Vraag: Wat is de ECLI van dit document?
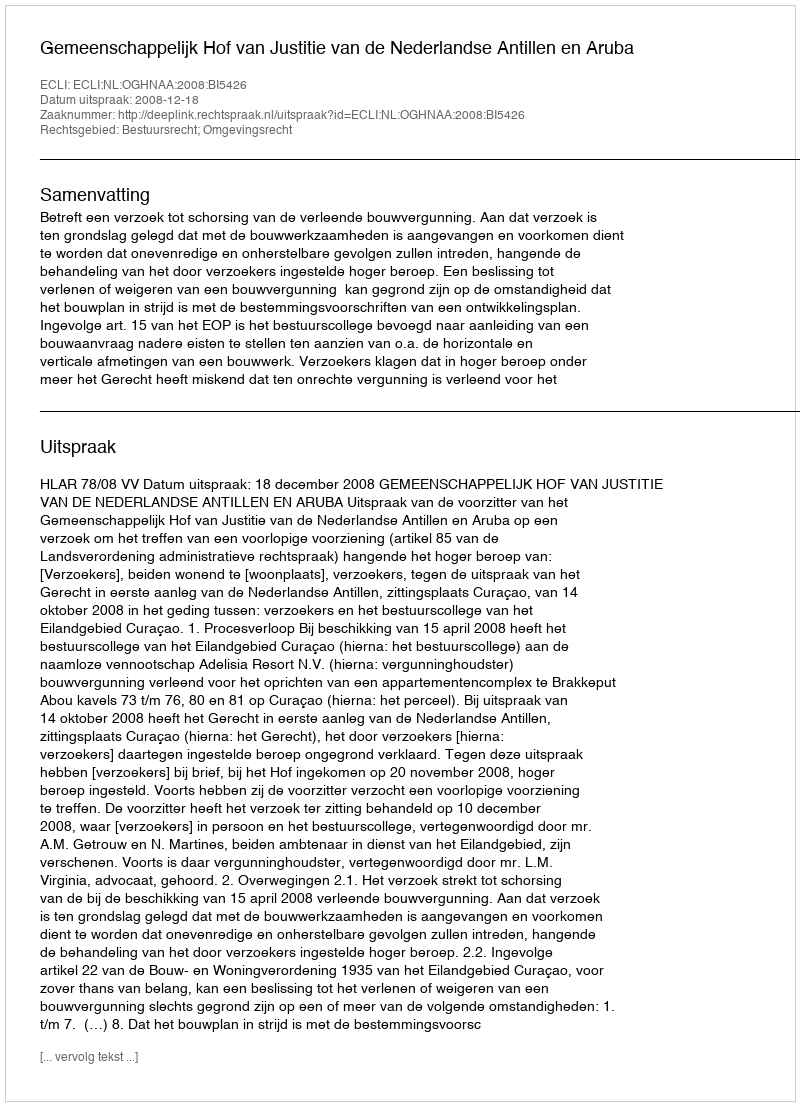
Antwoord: ECLI:NL:OGHNAA:2008:BI5426